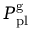
P _ { \mathrm { p l } } ^ { \mathrm { g } }